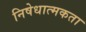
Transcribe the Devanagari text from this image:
निषेधात्मकता